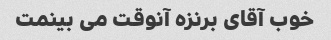
خوب آقای برنزه آنوقت می بینمت